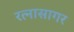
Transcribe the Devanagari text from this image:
रत्नासागर